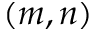
( m , n )